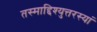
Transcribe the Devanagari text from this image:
तस्माद्दिश्युत्तरस्यां